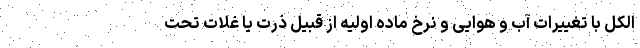
الکل با تغییرات آب و هوایی و نرخ ماده اولیه از قبیل ذرت یا غلات تحت